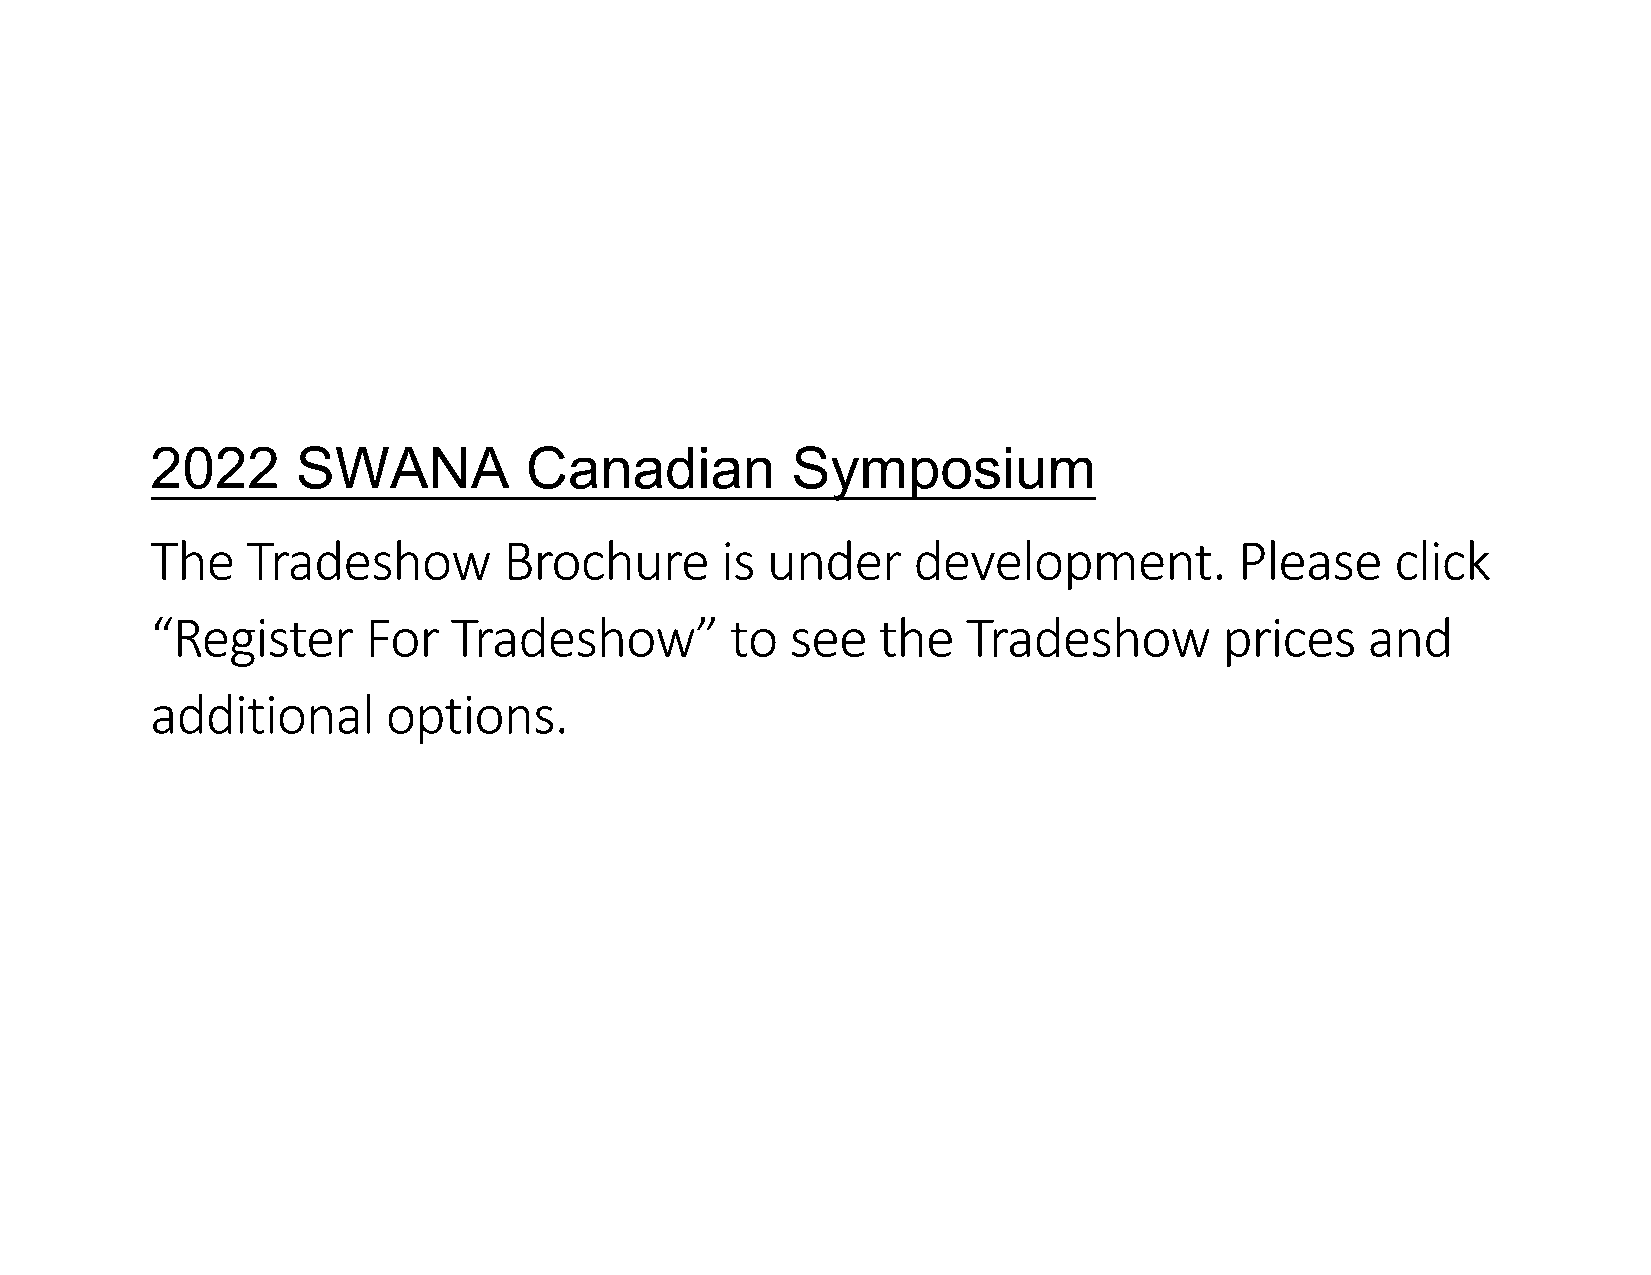
2022      SWANA          Canadian         Symposium
 The   Tradeshow         Brochure      is under     development.         Please    click
 “Register     For   Tradeshow”         to  see   the  Tradeshow        prices    and
 additional      options.